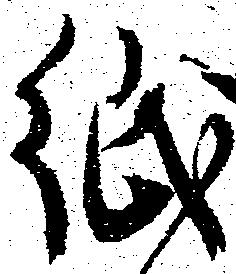
紙